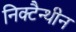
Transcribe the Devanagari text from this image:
निक्टैन्थीन